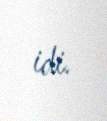
idi.